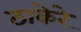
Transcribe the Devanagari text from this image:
ठाकेरे